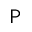
\mathsf { P }